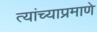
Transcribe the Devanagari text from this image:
त्यांच्याप्रमाणे